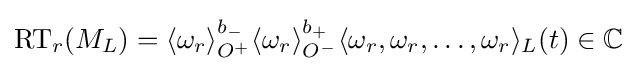
\operatorname {RT} _{r}(M_{L})=\langle \omega _{r}\rangle _{O^{+}}^{b_{-}}\langle \omega _{r}\rangle _{O^{-}}^{b_{+}}\langle \omega _{r},\omega _{r},\dots ,\omega _{r}\rangle _{L}(t)\in \mathbb {C}